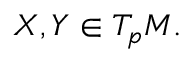
X , Y \in T _ { p } M .